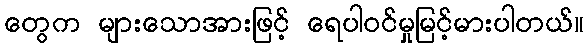
တွေက များသောအားဖြင့် ရေပါဝင်မှုမြင့်မားပါတယ်။